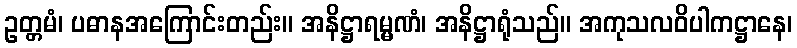
ဥတ္တမံ၊ ပဓာနအကြောင်းတည်း။ အနိဋ္ဌာရမ္မဏံ၊ အနိဋ္ဌာရုံသည်။ အကုသလဝိပါကဋ္ဌာနေ၊